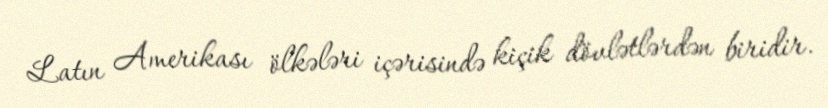
Latın Amerikası ölkələri içərisində kiçik dövlətlərdən biridir.